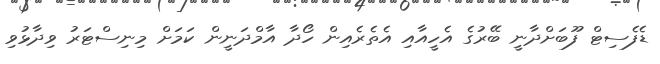
ޑެފެސިޓް ފޫބަށްދާނީ ބޭރުގެ އެހީއާއި އެތެރެއިން ހޯދާ އާމްދަނީން ކަމަށް މިނިސްޓަރު ވިދާޅުވި